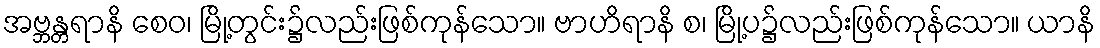
အဗ္ဘန္တရာနိ စေဝ၊ မြို့တွင်း၌လည်းဖြစ်ကုန်သော။ ဗာဟိရာနိ စ၊ မြို့ပ၌လည်းဖြစ်ကုန်သော။ ယာနိ